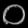
Digit: ၀